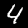
Digit: 4